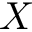
X